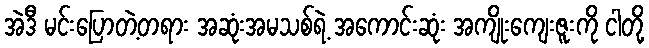
အဲဒီ မင်းပြောတဲ့တရား အဆုံးအမသစ်ရဲ့ အကောင်းဆုံး အကျိုးကျေးဇူးကို ငါတို့